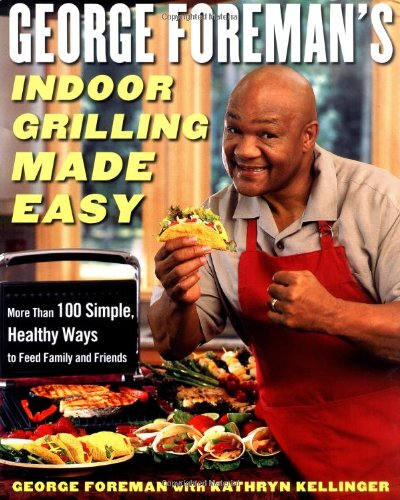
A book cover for George Foreman's Indoor Grilling Made Easy: More Than 100 Simple, Healthy Ways to Feed Family and Friends; George Foreman; Cookbooks, Food & Wine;